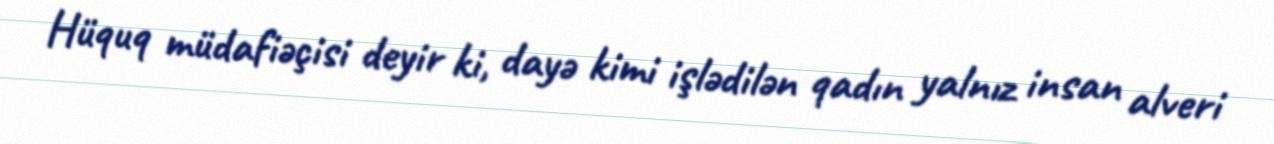
Hüquq müdafiəçisi deyir ki, dayə kimi işlədilən qadın yalnız insan alveri